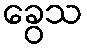
ခွေသ